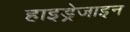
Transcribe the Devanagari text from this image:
हाइड्रेजाइन